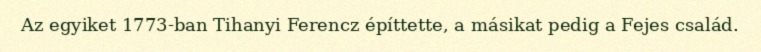
Az egyiket 1773-ban Tihanyi Ferencz építtette, a másikat pedig a Fejes család.